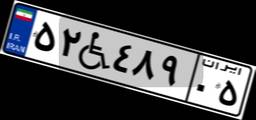
۵۲W۴۸۹۰۵